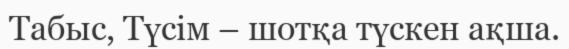
Табыс, Түсім – шотқа түскен ақша.